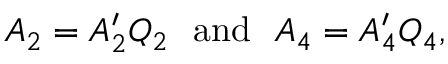
\begin{array} { r } { A _ { 2 } = A _ { 2 } ^ { \prime } Q _ { 2 } \ \ \mathrm { a n d } \ \ A _ { 4 } = A _ { 4 } ^ { \prime } Q _ { 4 } , } \end{array}